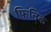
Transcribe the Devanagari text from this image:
फिनिक